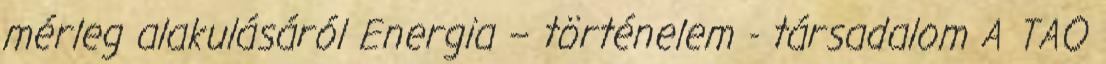
mérleg alakulásáról Energia – történelem - társadalom A TAO